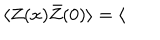
\langle Z ( x ) \bar { Z } ( 0 ) \rangle = \langle